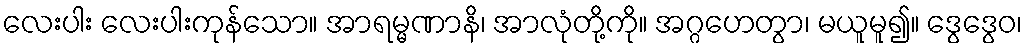
လေးပါး လေးပါးကုန်သော။ အာရမ္မဏာနိ၊ အာလုံတို့ကို။ အဂ္ဂဟေတွာ၊ မယူမူ၍။ ဒွေဒွေဝ၊